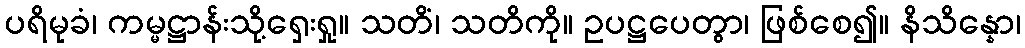
ပရိမုခံ၊ ကမ္မဋ္ဌာန်းသို့ရှေးရှု။ သတိံ၊ သတိကို။ ဥပဋ္ဌပေတွာ၊ ဖြစ်စေ၍။ နိသိန္နော၊